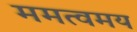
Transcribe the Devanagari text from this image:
ममत्वमय